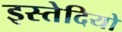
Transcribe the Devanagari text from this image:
इस्तेदियो